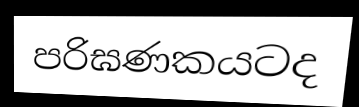
පරිඝණකයටද